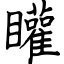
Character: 矔